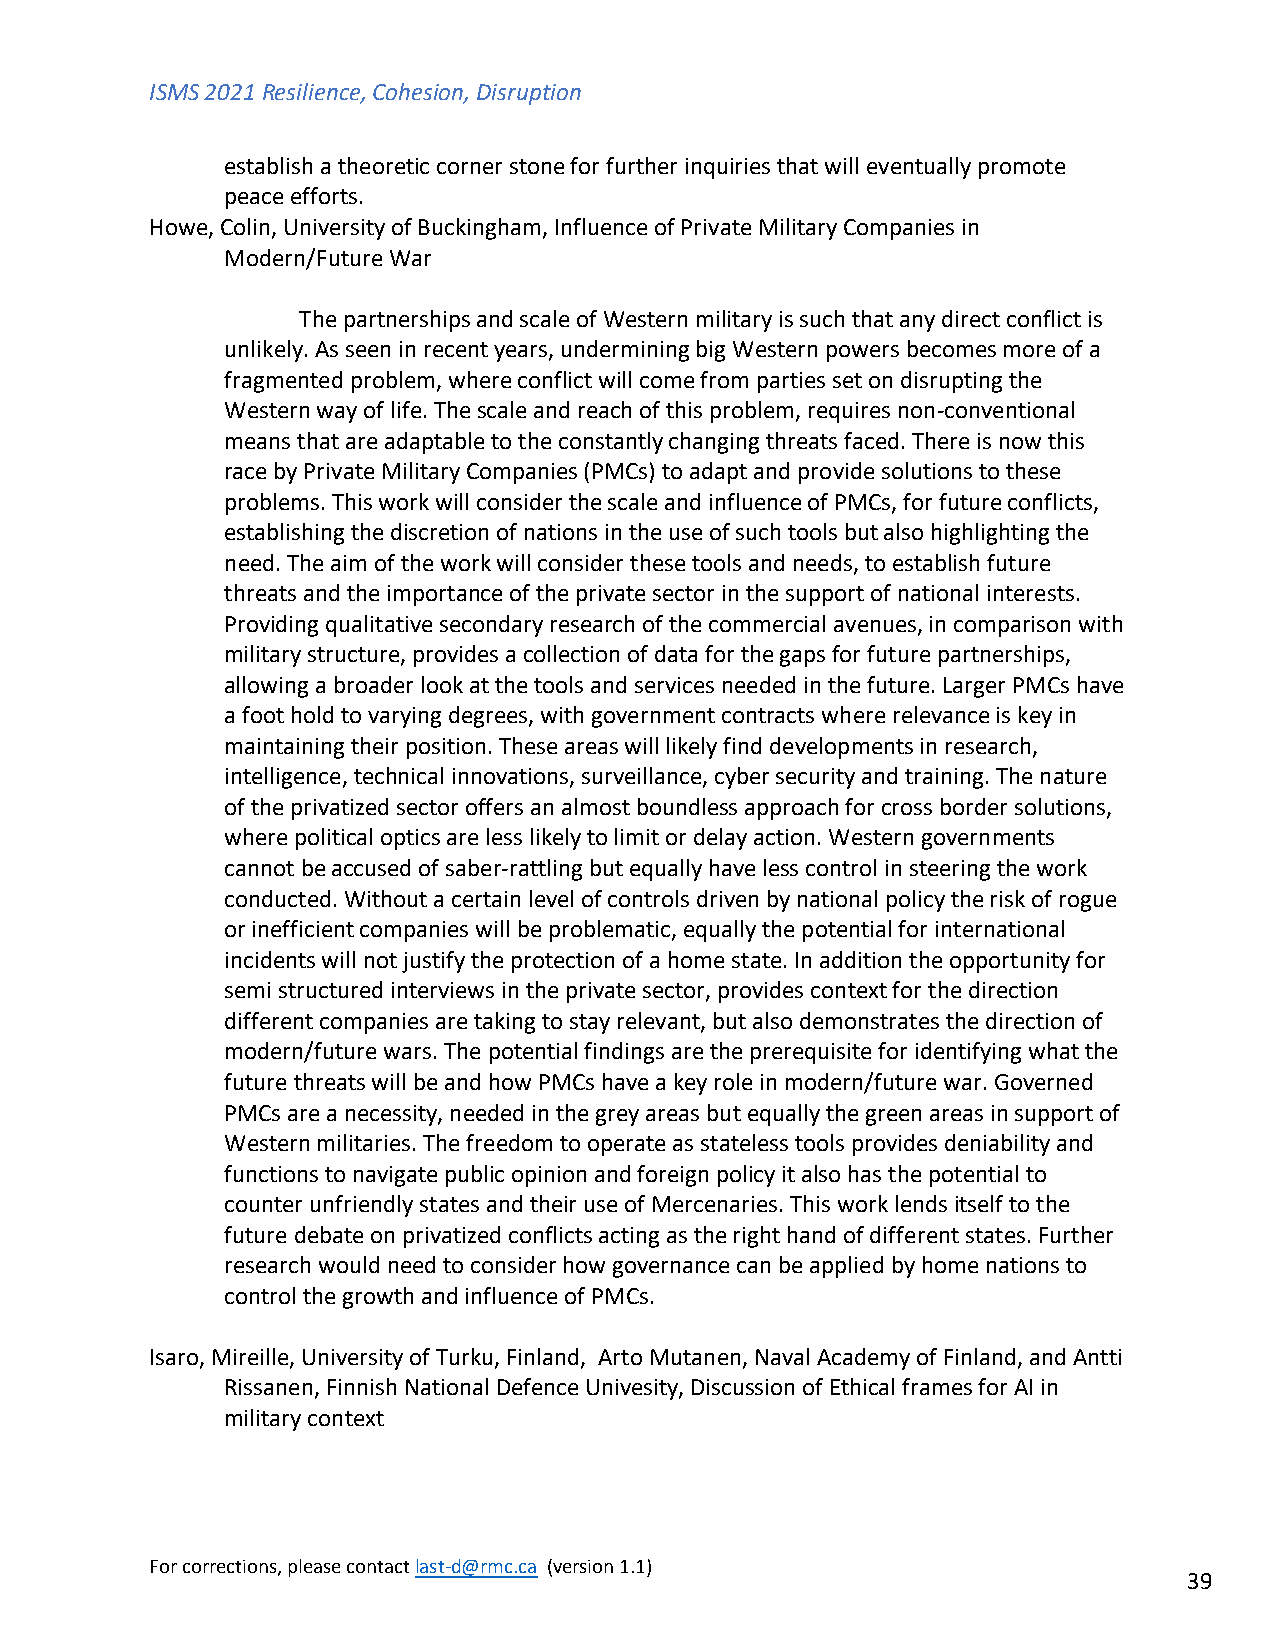
ISMS 2021 Resilience, Cohesion, Disruption
 establish a theoretic corner stone for further inquiries that will eventually promote
 peace efforts.
 Howe, Colin, University of Buckingham, Influence of Private Military Companies in
 Modern/Future War
 The partnerships and scale of Western military is such that any direct conflict is
 unlikely. As seen in recent years, undermining big Western powers becomes more of a
 fragmented problem, where conflict will come from parties set on disrupting the
 Western way of life. The scale and reach of this problem, requires non-conventional
 means that are adaptable to the constantly changing threats faced. There is now this
 race by Private Military Companies (PMCs) to adapt and provide solutions to these
 problems. This work will consider the scale and influence of PMCs, for future conflicts,
 establishing the discretion of nations in the use of such tools but also highlighting the
 need. The aim of the work will consider these tools and needs, to establish future
 threats and the importance of the private sector in the support of national interests.
 Providing qualitative secondary research of the commercial avenues, in comparison with
 military structure, provides a collection of data for the gaps for future partnerships,
 allowing a broader look at the tools and services needed in the future. Larger PMCs have
 a foot hold to varying degrees, with government contracts where relevance is key in
 maintaining their position. These areas will likely find developments in research,
 intelligence, technical innovations, surveillance, cyber security and training. The nature
 of the privatized sector offers an almost boundless approach for cross border solutions,
 where political optics are less likely to limit or delay action. Western governments
 cannot be accused of saber-rattling but equally have less control in steering the work
 conducted. Without a certain level of controls driven by national policy the risk of rogue
 or inefficient companies will be problematic, equally the potential for international
 incidents will not justify the protection of a home state. In addition the opportunity for
 semi structured interviews in the private sector, provides context for the direction
 different companies are taking to stay relevant, but also demonstrates the direction of
 modern/future wars. The potential findings are the prerequisite for identifying what the
 future threats will be and how PMCs have a key role in modern/future war. Governed
 PMCs are a necessity, needed in the grey areas but equally the green areas in support of
 Western militaries. The freedom to operate as stateless tools provides deniability and
 functions to navigate public opinion and foreign policy it also has the potential to
 counter unfriendly states and their use of Mercenaries. This work lends itself to the
 future debate on privatized conflicts acting as the right hand of different states. Further
 research would need to consider how governance can be applied by home nations to
 control the growth and influence of PMCs.
 Isaro, Mireille, University of Turku, Finland, Arto Mutanen, Naval Academy of Finland, and Antti
 Rissanen, Finnish National Defence Univesity, Discussion of Ethical frames for AI in
 military context
 For corrections, please contact last-d@rmc.ca (version 1.1)
 39